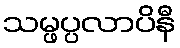
သမ္ဖပ္ပလာပိနီ